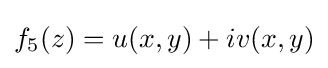
f_{5}(z)=u(x,y)+iv(x,y)